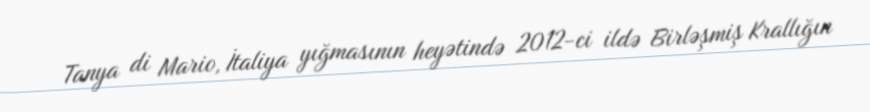
Tanya di Mario, İtaliya yığmasının heyətində 2012-ci ildə Birləşmiş Krallığın